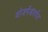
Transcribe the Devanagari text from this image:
योजनेंअंतर्गत